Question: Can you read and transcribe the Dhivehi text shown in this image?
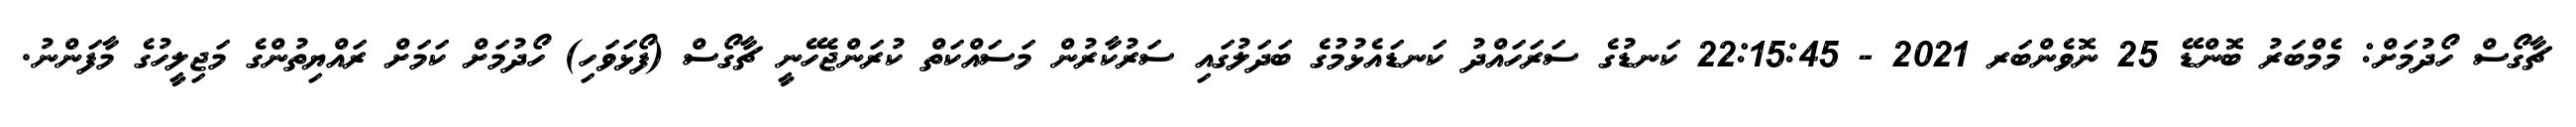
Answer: ޗާގޯސް ހޯދުމަށް: މެމްބަރު ބޮންޑޭ 25 ނޮވެންބަރ 2021 - 22:15:45 ކަނޑުގެ ސަރަހައްދު ކަނޑައެޅުމުގެ ބަދަލުގައި ސަރުކާރުން މަސައްކަތް ކުރަންޖެހޭނީ ޗާގޯސް (ފޯޅަވަހި) ހޯދުމަށް ކަމަށް ރައްޔިތުންގެ މަޖިލީހުގެ މާފަންނު.